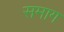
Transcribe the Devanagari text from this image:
समाग